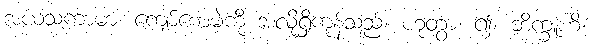
အယသကာမာ၊ ကျော်စောမဲ့ကို အလိုရှိကုန်သည်။ ဟုတွာ၊ ၍။ ဘိက္ခူဟိ၊